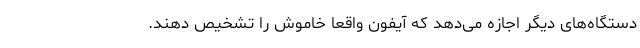
دستگاه‌های دیگر اجازه می‌دهد که آیفون واقعاً خاموش را تشخیص دهند.